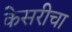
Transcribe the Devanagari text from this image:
केसरीचा